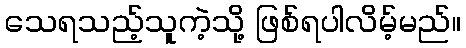
သေရသည့်သူကဲ့သို့ ဖြစ်ရပါလိမ့်မည်။